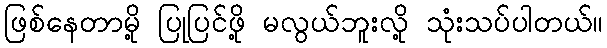
ဖြစ်နေတာမို့ ပြုပြင်ဖို့ မလွယ်ဘူးလို့ သုံးသပ်ပါတယ်။